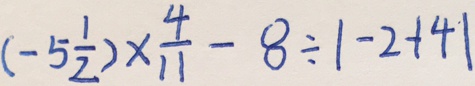
( - 5 \frac { 1 } { 2 } ) \times \frac { 4 } { 1 1 } - 8 \div \vert - 2 + 4 \vert